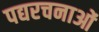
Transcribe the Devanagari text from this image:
पद्यरचनाओं